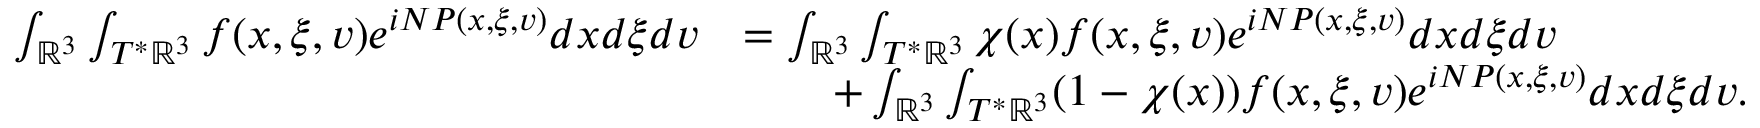
\begin{array} { r l } { \int _ { \mathbb { R } ^ { 3 } } \int _ { T ^ { * } \mathbb { R } ^ { 3 } } f ( x , \xi , v ) e ^ { i N P ( x , \xi , v ) } d x d \xi d v } & { = \int _ { \mathbb { R } ^ { 3 } } \int _ { T ^ { * } \mathbb { R } ^ { 3 } } \chi ( x ) f ( x , \xi , v ) e ^ { i N P ( x , \xi , v ) } d x d \xi d v } \\ & { \qquad + \int _ { \mathbb { R } ^ { 3 } } \int _ { T ^ { * } \mathbb { R } ^ { 3 } } ( 1 - \chi ( x ) ) f ( x , \xi , v ) e ^ { i N P ( x , \xi , v ) } d x d \xi d v . } \end{array}